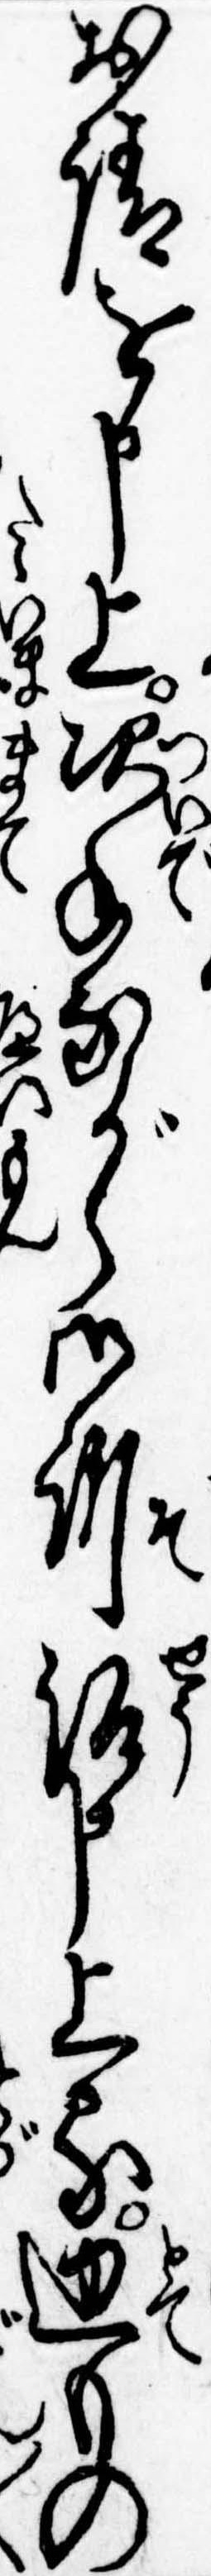
お請を申上次手ながら御訴訟申上る迚もの